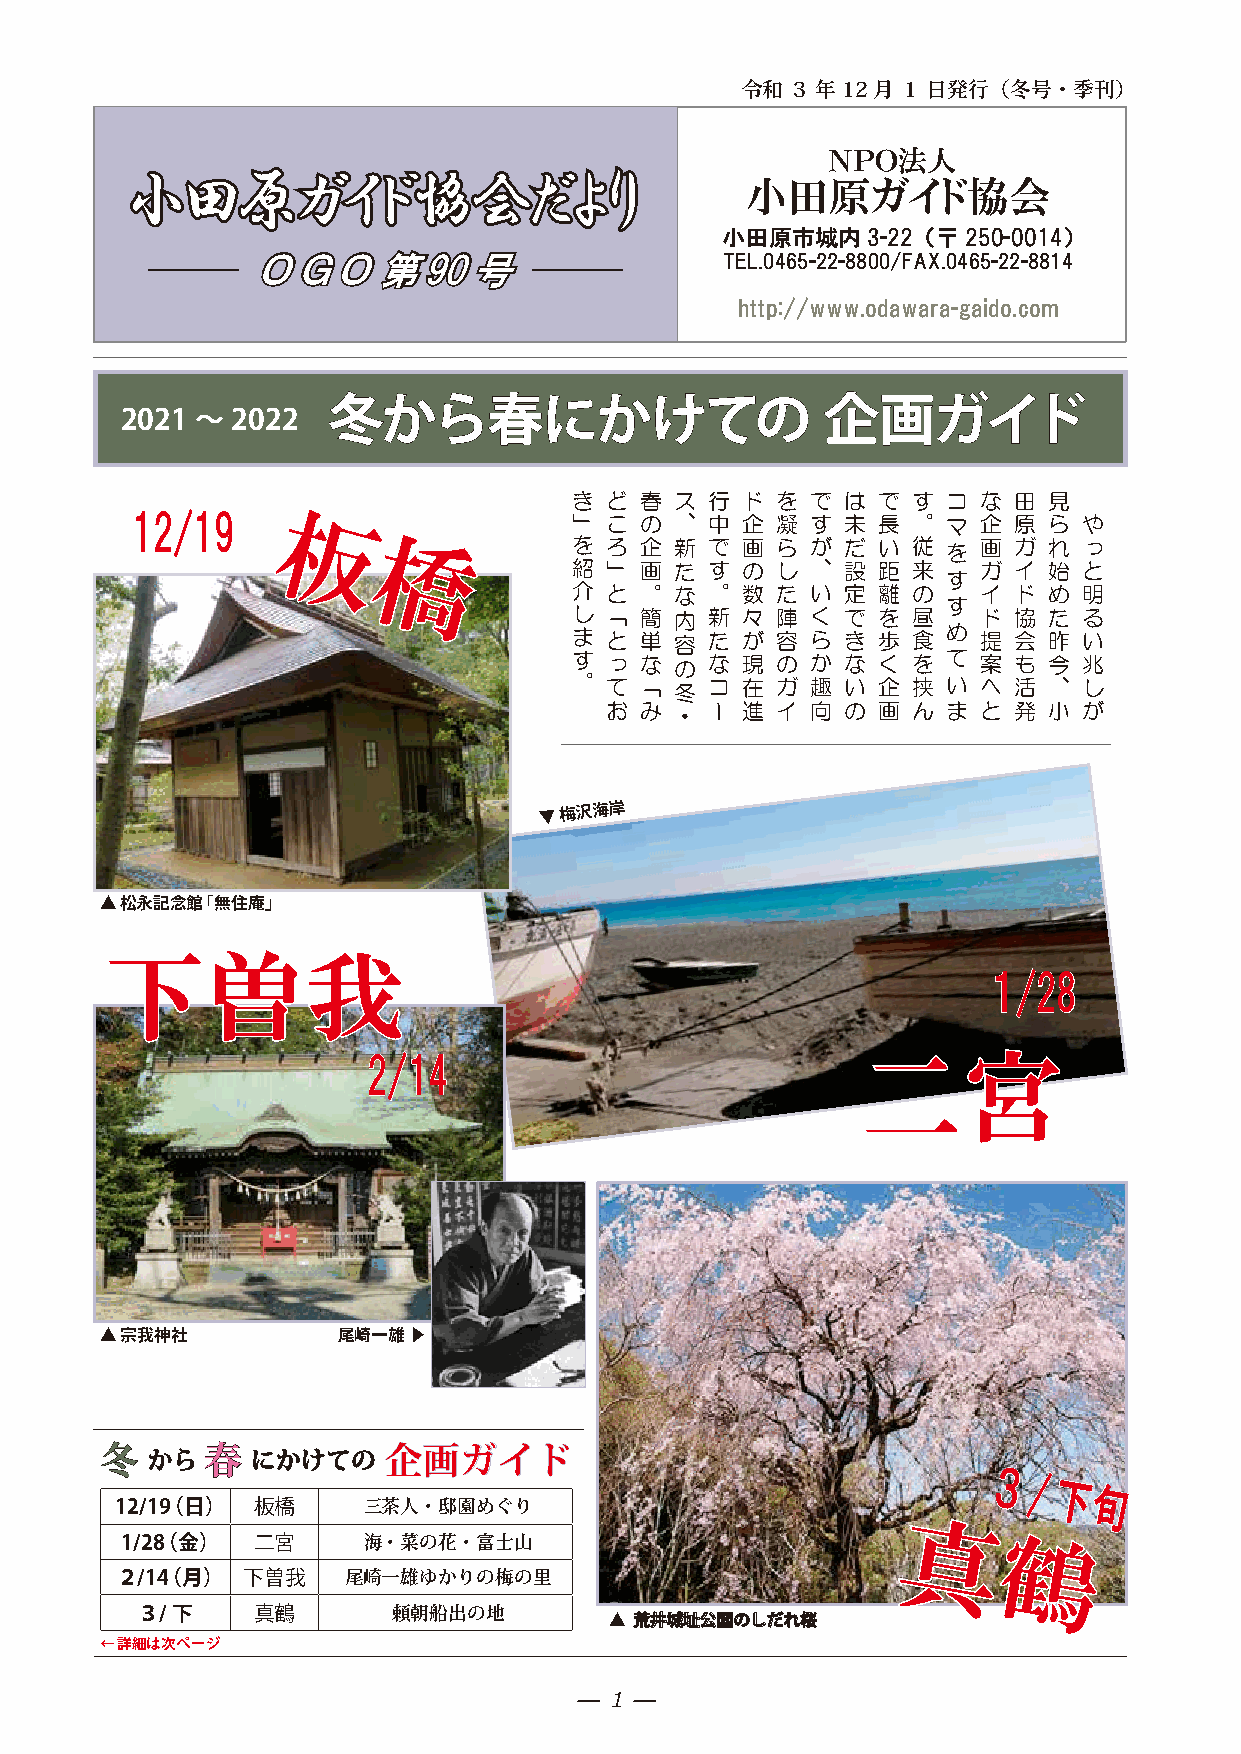
令和 ３ 年 12 月 １ 日発行（冬号・季刊）
 ＮＰＯ法人
 小小田田原原ガガイイドド協協会会だだよよりり
 小田原ガイド協会
 小田原市城内3-22   （〒250-0014）
 ＯＯ ＧＧ ＯＯ 第第 9900号号             TEL.0465-22-8800/FAX.0465-22-8814
 http://www.odawara-gaido.com
 2021 ～ 2022   冬冬かからら春春ににかかけけててのの              企企画画ガガイイドド
 き ど 春  ス 行 ド を  で は で す  コ な 田 見
 1122//1199                   」 こ の  、 中 企 凝  す 未 長 。  マ 企 原 ら  や
 板板
 を ろ 企  新 で 画 ら  が だ い 従  を 画 ガ れ  っ
 橋橋            紹 」 画  た す の し  、 設 距 来    ガ イ 始  と
 す
 介 と 。  な 。 数 た  い 定 離 の    イ ド め  明
 す
 し 「 簡  内 新 々 陣  く で を 昼    ド 協 た  る
 ま と 単  容 た が 容  ら き 歩 食  め 提 会 昨  い
 す っ な  の な 現 の  か な く を  て 案 も 今  兆
 。 て 「  冬 コ 在 ガ  趣 い 企 挟  い へ 活 、  し
 お み  ・ ー 進 イ  向 の 画 ん  ま と 発 小  が
 ▼
 梅沢海岸
 ▲ 松永記念館「無住庵」
 下下曽曽我我
 １１//2288
 22//1144                         二二宮宮
 ▲ 宗我神社         尾崎一雄 ▶
 冬冬 かからら 春春 ににかかけけててのの 企企画画ガガイイドド
 ３３//
 下下
 旬旬
 12/19（日） 板橋     三茶人・邸園めぐり
 真真
 1/28（金）  二宮     海・菜の花・富士山                                 鶴鶴
 ２/14（月） 下曽我    尾崎一雄ゆかりの梅の里
 ３/下     真鶴       頼朝船出の地
 ▲ 荒荒井井城城址址公公園園ののししだだれれ桜桜
 ← 詳細は次ページ
 1